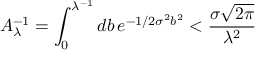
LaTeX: A _ { \lambda } ^ { - 1 } = \int _ { 0 } ^ { \lambda ^ { - 1 } } d b \, e ^ { - 1 / 2 \sigma ^ { 2 } b ^ { 2 } } < { \frac { \sigma \sqrt { 2 \pi } } { \lambda ^ { 2 } } }